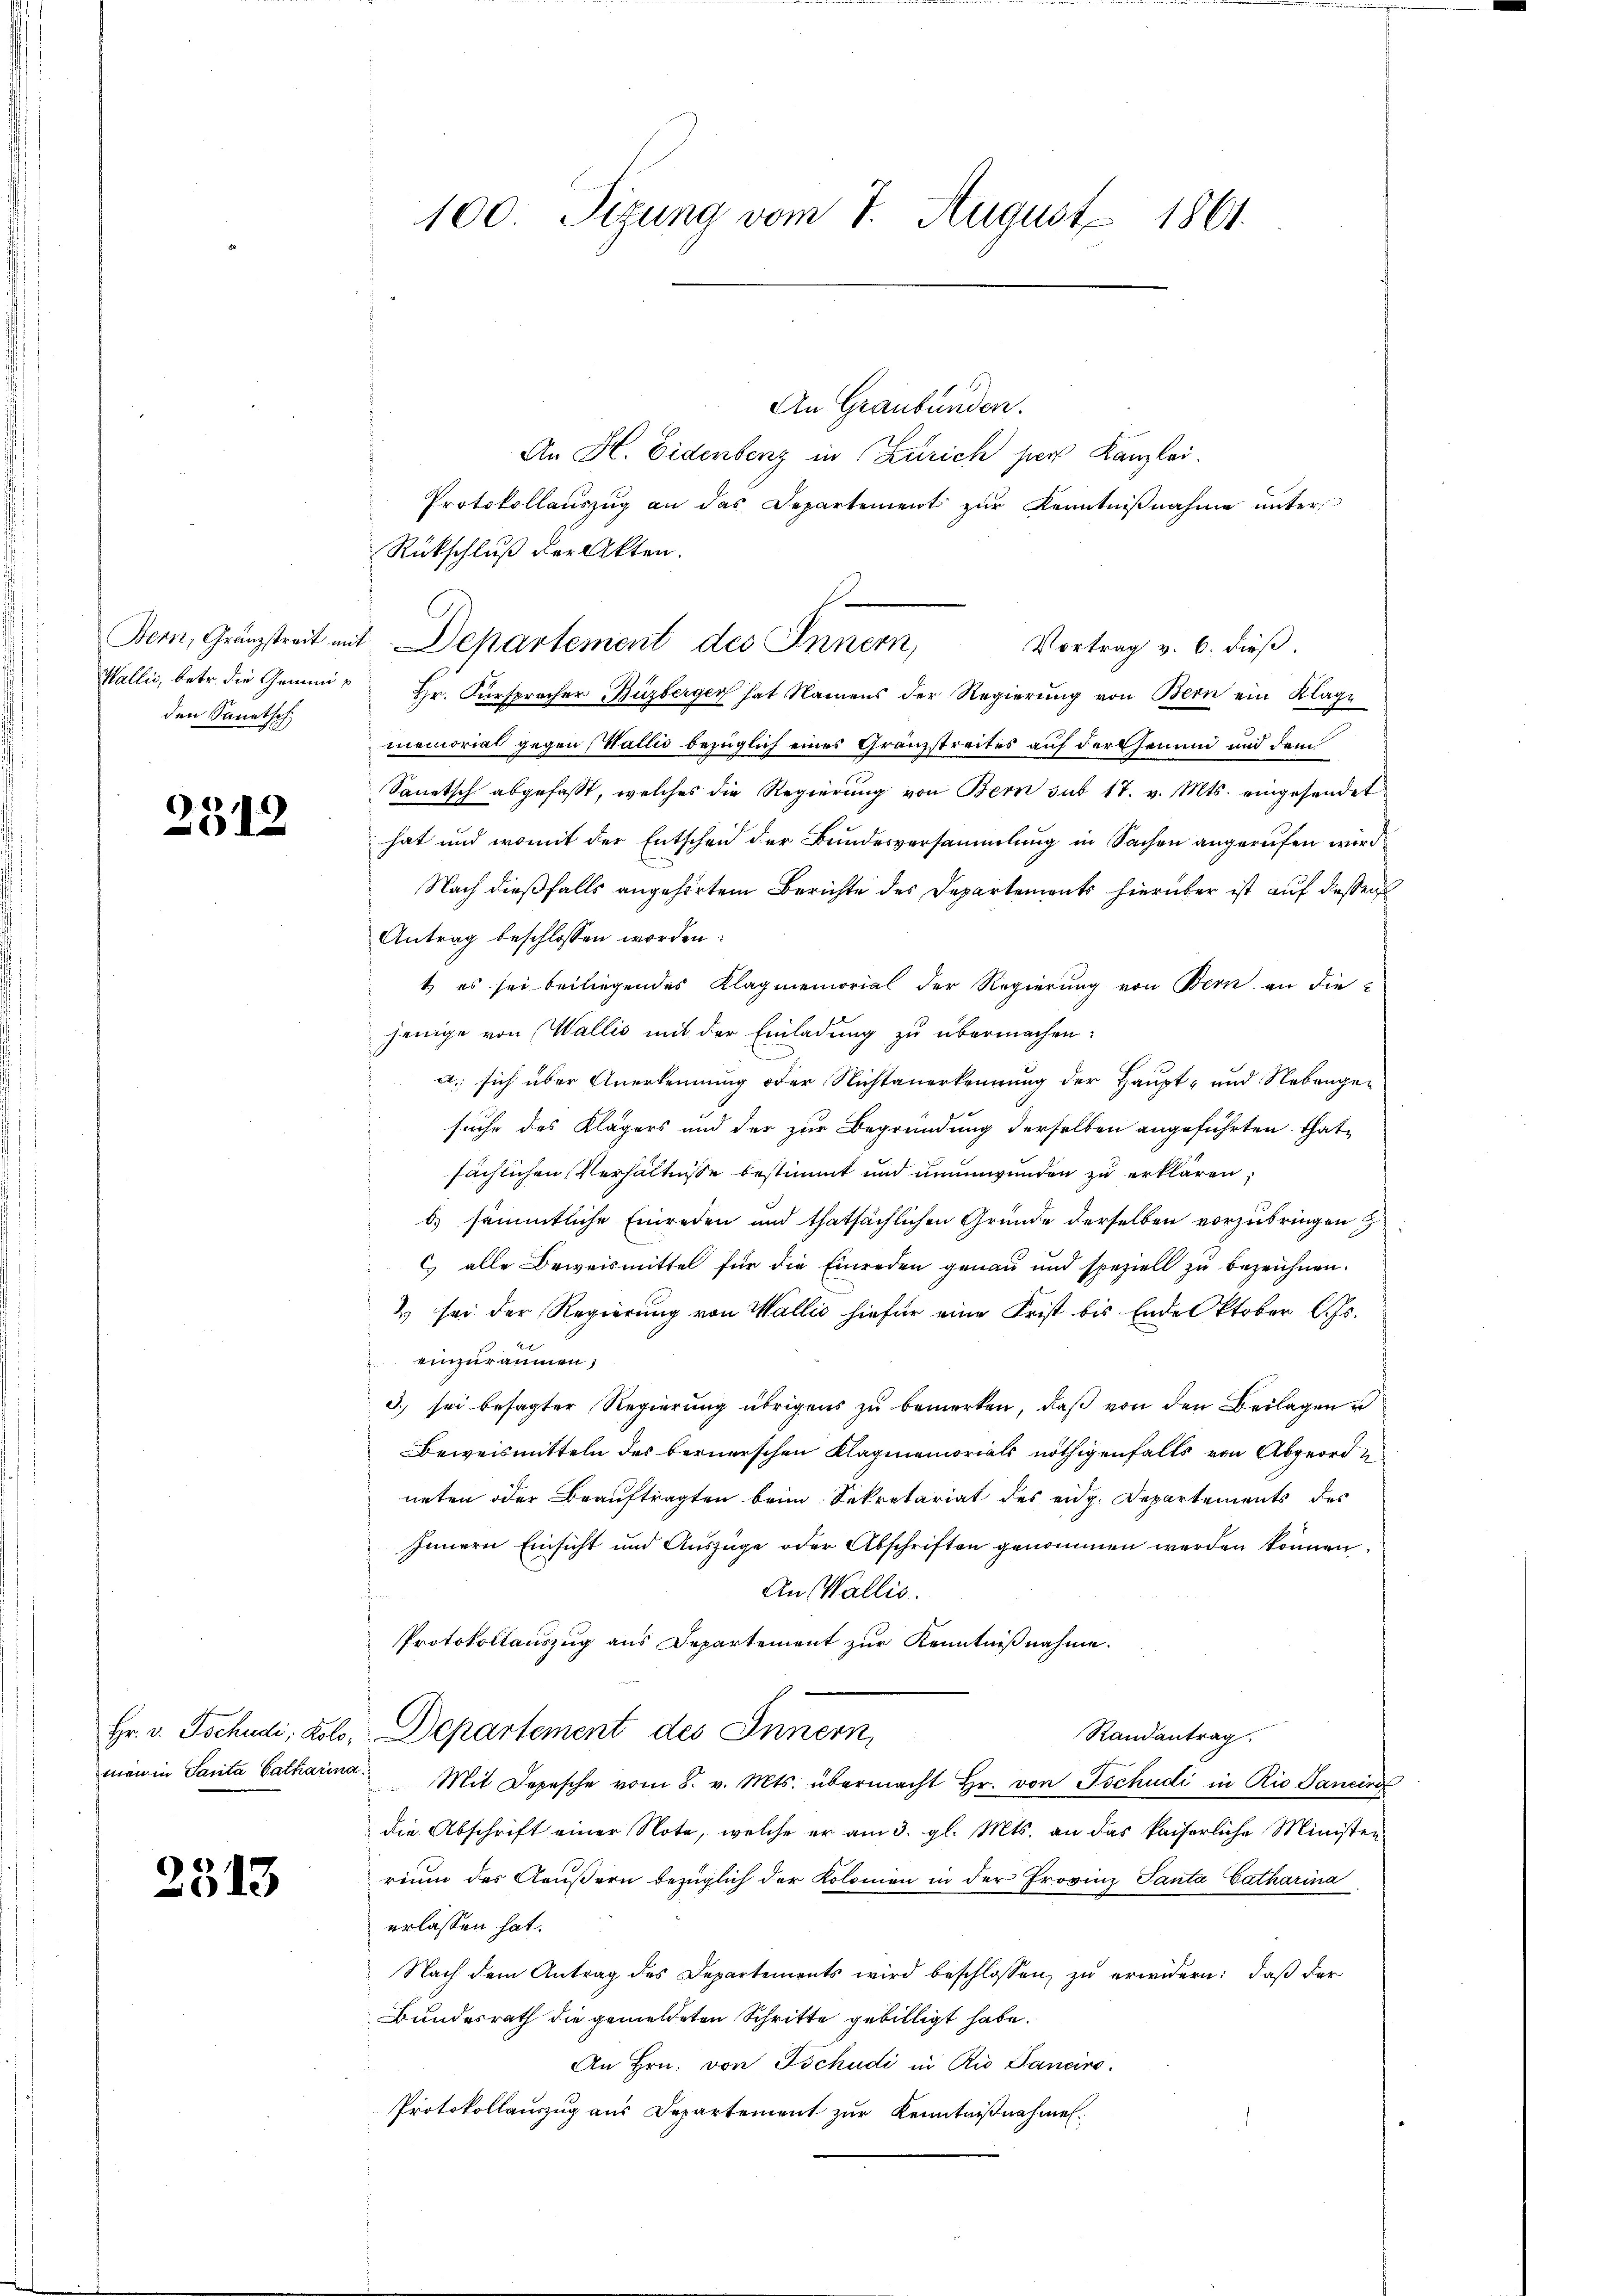
Wallis, betr. die Gemeinden Sanitsch

2312

2313

100. Sizung vom 7. August 1861

An Graubünden.
An H. Eidenberg in Zürich per Kanzlei.
Protokollauszug an das Departement zur Kenntnißnahme unter
Rückschluß der Akten.
Vortrag v. 6. dieß.
Hr. Fürspracher Buzberger hat Namens der Regierung von Bern ein Klage
memorial gegen Wallis bezüglich eines Granzstreites auf der jenen und dem
Sanetsch abgefasst, welches die Regierung von Bern sub 17. v. Mts. eingesandet
hat und womit der Entscheid der Bundesversammlung in Sachen angerufen wird
Nach dießfalls angehörtem Berichte des Departements hierüber ist auf dessen
Antrag beschlossen worden:
t es sei beiliegendes Klagmemorial der Regierung von Bern an die
jenige von Wallis mit der Einladung zu übermachen:
a., sich über Anerkennung oder Nichtanerkennung der Haupt- und Nebengen
suche des Klägers und der zur Begründung derselben angeführten Thatsächlichen Verhältnisse bestimmt und unumwunden zu erklären;
b) sämmtliche Einreden und thatsächlichen Gründe derselben vorzubringen
c. alle Beweismittel für die Einreden genau und speziell zu bezeichnen.
& sei der Regierung von Wallis hiefür eine Frist bis Ende Oktober l. Js.
2
einzuräumen;
3) sei besagter Regierŭng übrigens zŭ bemerken, daβ von den Beilagen u
Beweismitteln des bernerschen Klagmemorials nöthigenfalls von Abgeordn
neten oder Beauftragten beim Sekretariat des eidg. Departements des
Innern Einsicht und Auszüge oder Abschriften genommen werden können.
An Wallis.
Protokollauszug aus Departement zur Kenntnißnahme.
Hr. v. Tschudi, Kolo, Departement des Innern,
Randantrag.
men in Santa Catharina Mit Depesche vom 8. v. Mts. übermacht Hr. von Tschudi in Rio Sanind
die Abschrift einer Note, welche er am 3. gl. Mts. an das kaiserliche Ministen
rium des Aeußern bezüglich der Kolomen in der Provinz Panta Catharina
erlassen hat.
Nach dem Antrag des Departements wird beschlossen, zu erwidern: daß der
Bundesrath die gemeldeten Schritte gebilligt habe.
An Hrn. von Tschudi in Rio Sancirs.
Protokollauszug aus Departement zur Kenntnißnahmen.

Bern, Gränzstreit mit Departement des Innern,